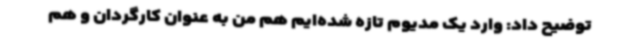
توضیح داد: وارد یک مدیوم تازه شده‌ایم هم من به عنوان کارگردان و هم